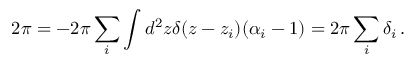
2 \pi = - 2 \pi \sum _ { i } \int d ^ { 2 } z \delta ( z - z _ { i } ) ( \alpha _ { i } - 1 ) = 2 \pi \sum _ { i } \delta _ { i } \, .